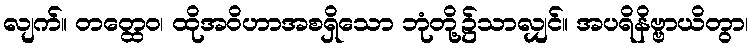
လျက်။ တတ္ထေဝ၊ ထိုအဝိဟာအစရှိသော ဘုံတို့၌သာလျှင်။ အပရိနိဗ္ဗာယိတွာ၊